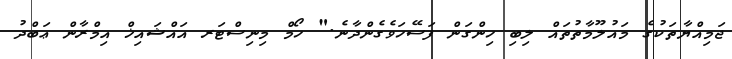
ޖަމިއްޔާތަކުގެ މައުލޫމާތުތައް ލިބި ހިންގަން ފަސޭހަވެގެންދާނެ." ހޯމް މިނިސްޓަރ އައްޝައިޚް އިމްރާން ޢަބްދު